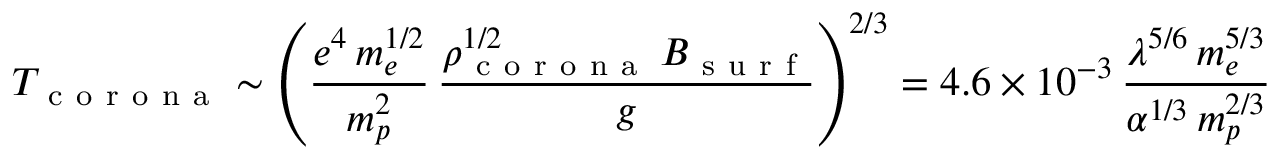
T _ { \mathrm { ~ c ~ o ~ r ~ o ~ n ~ a ~ } } \sim \left( \frac { e ^ { 4 } \, m _ { e } ^ { 1 / 2 } } { m _ { p } ^ { 2 } } \, \frac { \rho _ { \mathrm { ~ c ~ o ~ r ~ o ~ n ~ a ~ } } ^ { 1 / 2 } \, B _ { \mathrm { ~ s ~ u ~ r ~ f ~ } } } { g } \right) ^ { 2 / 3 } = 4 . 6 \times 1 0 ^ { - 3 } \, \frac { \lambda ^ { 5 / 6 } \, m _ { e } ^ { 5 / 3 } } { \alpha ^ { 1 / 3 } \, m _ { p } ^ { 2 / 3 } }